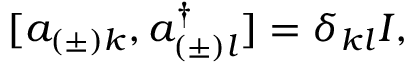
[ a _ { ( \pm ) k } , a _ { ( \pm ) l } ^ { \dagger } ] = \delta _ { k l } { \cal I } ,